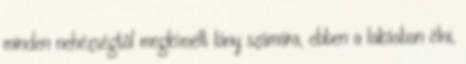
minden nehézségtõl megkímélt lány számára, ebben a lakásban élni,